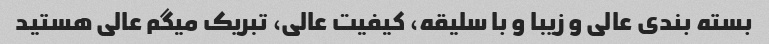
بسته بندی عالی و زیبا و با سلیقه، کیفیت عالی، تبریک میگم عالی هستید